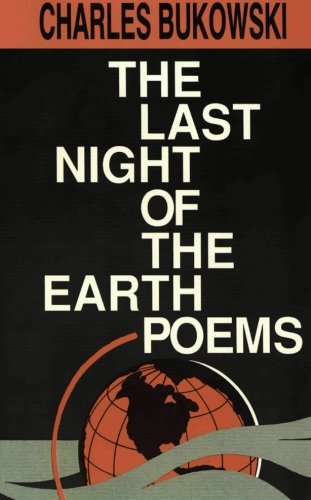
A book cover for The Last Night of the Earth Poems; Charles Bukowski; Literature & Fiction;